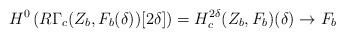
LaTeX: \begin{align*}H^0 \left( R \Gamma_c (Z_b, F_b(\delta))[2 \delta] \right)= H_c^{2 \delta} (Z_b, F_b)(\delta) \rightarrow F_b\end{align*}